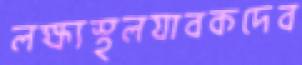
লক্ষ্যস্থলযাবকদেব